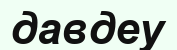
давдеу